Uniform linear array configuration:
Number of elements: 8
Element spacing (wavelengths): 0.5
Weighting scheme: exponential
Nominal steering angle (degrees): -45
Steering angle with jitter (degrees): -45.201
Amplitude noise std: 0.05
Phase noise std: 0.05

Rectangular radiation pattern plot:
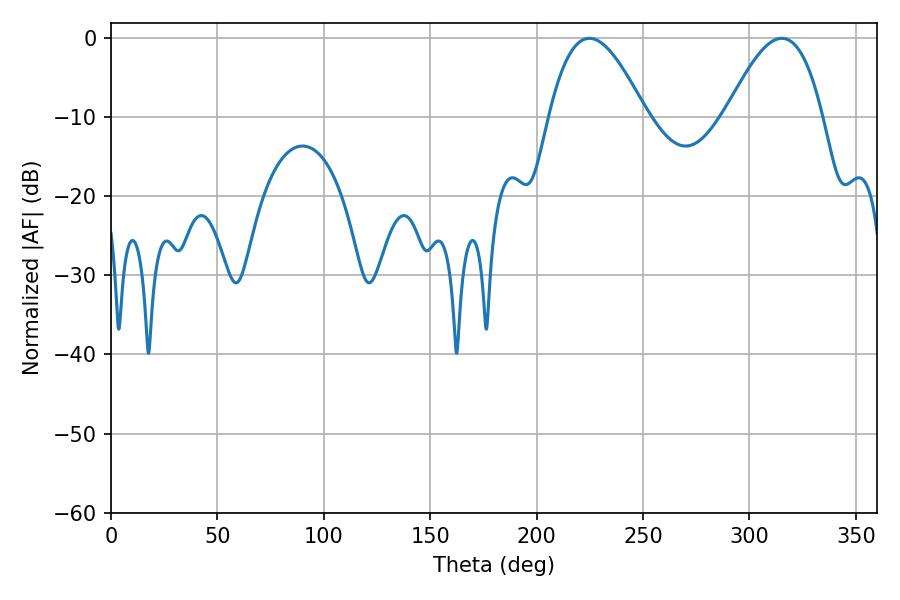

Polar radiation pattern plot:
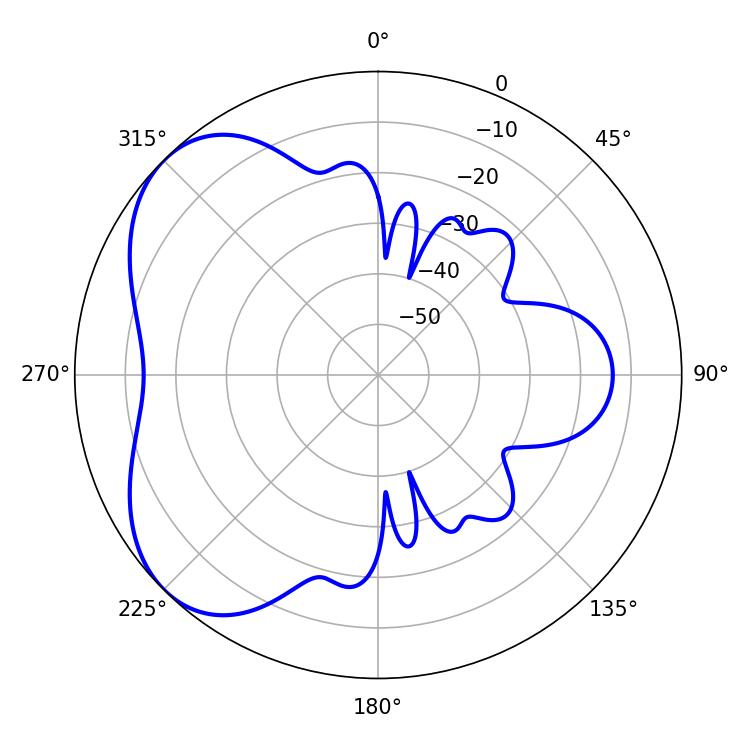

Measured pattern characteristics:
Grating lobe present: FALSE
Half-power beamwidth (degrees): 24.66
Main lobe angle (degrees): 224.82